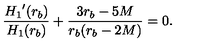
\frac { { H _ { 1 } } ^ { \prime } ( r _ { b } ) } { H _ { 1 } ( r _ { b } ) } + \frac { 3 r _ { b } - 5 M } { r _ { b } ( r _ { b } - 2 M ) } = 0 .